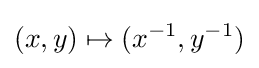
(x,y)\mapsto (x^{-1},y^{-1})